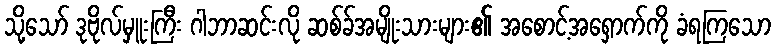
သို့သော် ဒုဗိုလ်မှူးကြီး ဂါဘာဆင်းလို ဆစ်ခ်အမျိုးသားများ၏ အစောင့်အရှောက်ကို ခံရကြသော